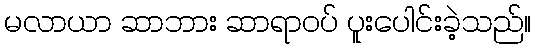
မလာယာ ဆာဘား ဆာရာဝပ် ပူးပေါင်းခဲ့သည်။